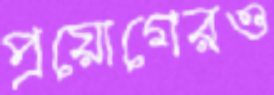
প্রয়োগেরও